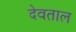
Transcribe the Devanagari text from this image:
देवताल